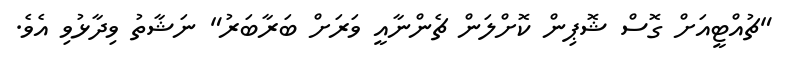
"ޗުއްޓީއަށް ގޮސް ޝޮޕިން ކޮށްލަން ޗެންނާއީ ވަރަށް ބަރާބަރު" ނަޝާތު ވިދާޅުވި އެވެ.